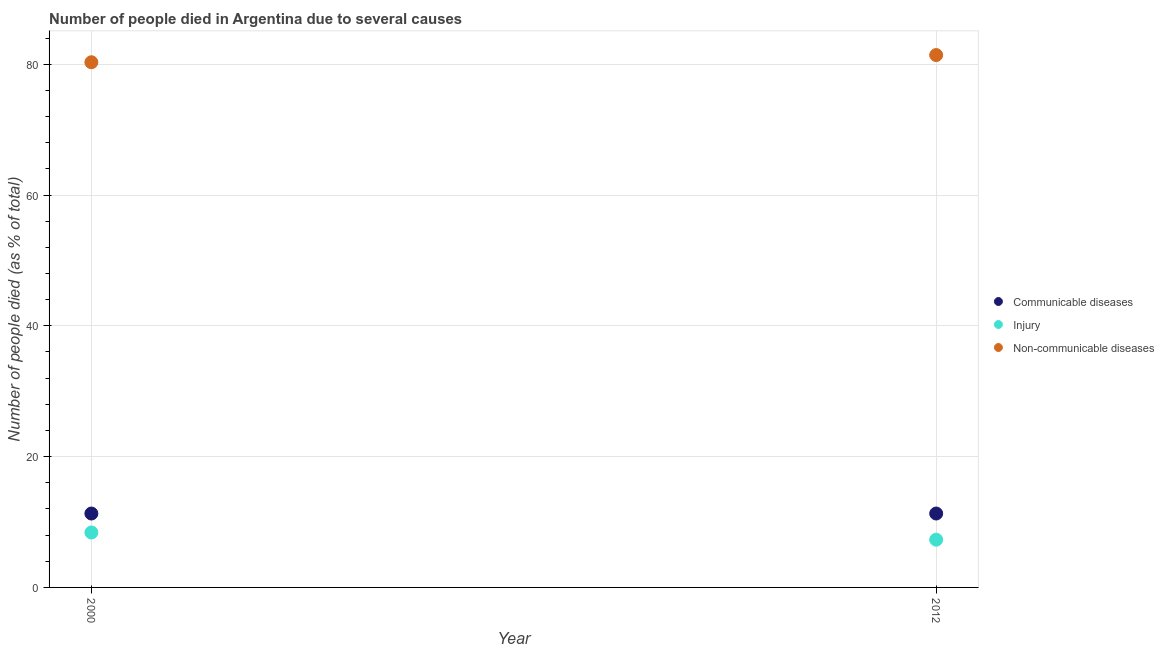
| Year | Communicable diseases | Injury | Non-communicable diseases |
 | --- | --- | --- | --- |
 | 2000 | 11.3 | 8.4 | 80.3 |
 | 2012 | 11.3 | 7.3 | 81.4 |